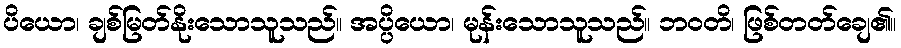
ပိယော၊ ချစ်မြတ်နိုးသောသူသည်။ အပ္ပိယော၊ မုန်းသောသူသည်။ ဘဝတိ၊ ဖြစ်တတ်ချေ၏။